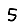
Digit: 5